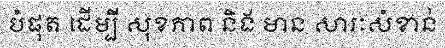
បំផុត ដើម្បី សុខភាព និង មាន សារៈសំខាន់